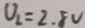
U _ { 2 } = 2 . 8 V